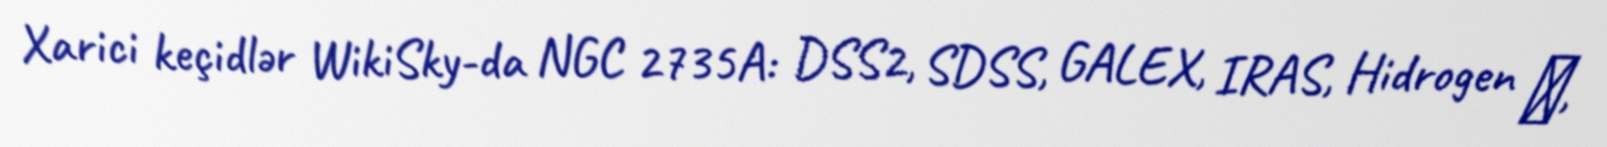
Xarici keçidlər WikiSky-da NGC 2735A: DSS2, SDSS, GALEX, IRAS, Hidrogen α,